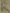
Text: R